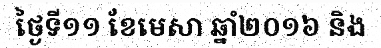
ថ្ងៃទី១១ ខែមេសា ឆ្នាំ២០១៦ និង